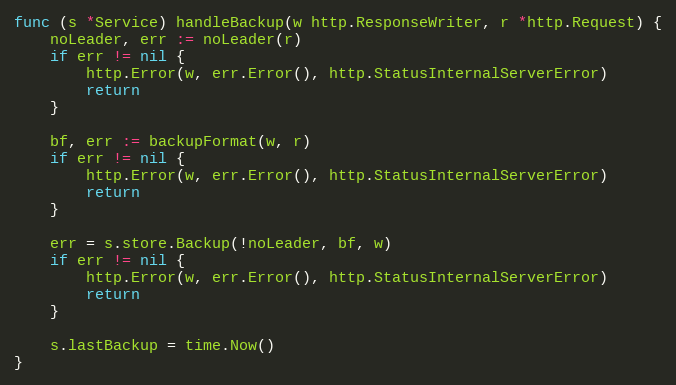
Language: Go
func (s *Service) handleBackup(w http.ResponseWriter, r *http.Request) {
	noLeader, err := noLeader(r)
	if err != nil {
		http.Error(w, err.Error(), http.StatusInternalServerError)
		return
	}

	bf, err := backupFormat(w, r)
	if err != nil {
		http.Error(w, err.Error(), http.StatusInternalServerError)
		return
	}

	err = s.store.Backup(!noLeader, bf, w)
	if err != nil {
		http.Error(w, err.Error(), http.StatusInternalServerError)
		return
	}

	s.lastBackup = time.Now()
}